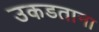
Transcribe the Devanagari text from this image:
उकडताना